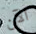
الآن